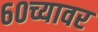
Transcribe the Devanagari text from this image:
६०च्यावर